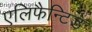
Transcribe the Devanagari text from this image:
एलिफैन्टिडे